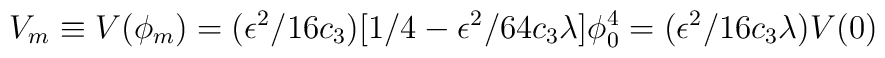
V_m \equiv V(\phi_m)= (  \epsilon^2  / 16 c_3 )[ 1/4  -  \epsilon^2 /  64 c_3 \lambda  ]\phi_0^4= (  \epsilon^2 / 16 c_3 \lambda)V(0)